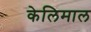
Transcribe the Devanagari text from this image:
केलिमाल